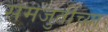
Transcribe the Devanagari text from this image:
समजुतींच्या